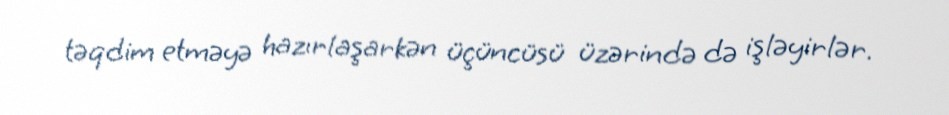
təqdim etməyə hazırlaşarkən üçüncüsü üzərində də işləyirlər.